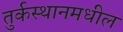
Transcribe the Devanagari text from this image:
तुर्कस्थानमधील